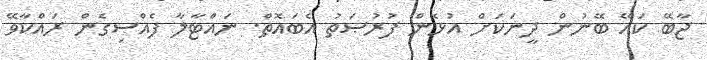
ޖާބޭ ކައޭ ބޭނުން ދީނަކަށް އުޅެން ފުރުޞަތު އެބައޮތް. ނައްޓާލާ ފެއްސިގެން ރައްކާވޭ